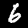
Label: 6